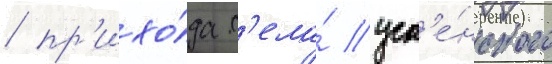
/ пр'ихо́да с'ела́ усп'е́нского